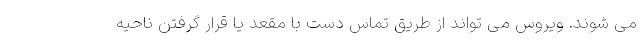
می شوند. ویروس می تواند از طریق تماس دست با مقعد یا قرار گرفتن ناحیه